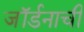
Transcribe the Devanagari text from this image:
जॉर्डनाची